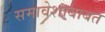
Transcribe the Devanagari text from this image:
समावेशाबाबत